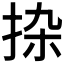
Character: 𰓟